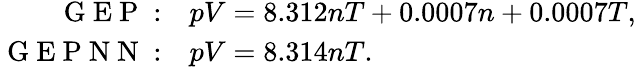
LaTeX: \begin{array}{rl}{\mathrm{~G~E~P~}:}&{{}pV=8.312nT+0.0007n+0.0007T,}\\ {\mathrm{~G~E~P~N~N~}:}&{{}pV=8.314nT.}\end{array}